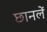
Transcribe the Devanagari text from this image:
छानलें